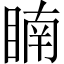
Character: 𥈶